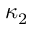
\kappa _ { 2 }